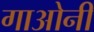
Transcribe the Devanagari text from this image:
गाओनी